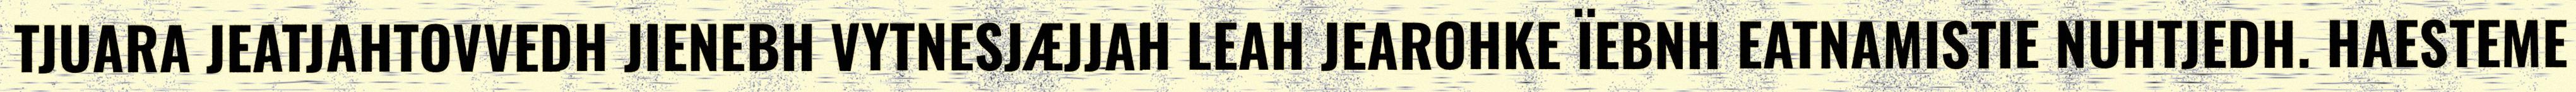
TJUARA JEATJAHTOVVEDH JIENEBH VYTNESJÆJJAH LEAH JEAROHKE ÏEBNH EATNAMISTIE NUHTJEDH. HAESTEME